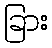
ခြား